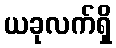
ယခုလက်ရှိ